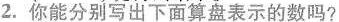
2. 你能分别写出下面算盘表示的数吗？